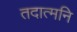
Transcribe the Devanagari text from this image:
तदात्मनि